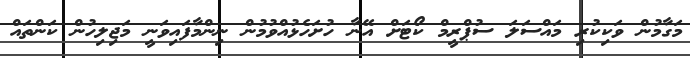
މަގާމުން ވަކިކުރި މައްސަލަ ސުޕްރީމް ކޯޓަށް އޭނާ ހުށަހެޅުއްވުމުން ނިންމާފައިވަނީ މަޖިލިހުން ކަންތައް